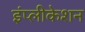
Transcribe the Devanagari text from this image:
इंप्लीकेशन